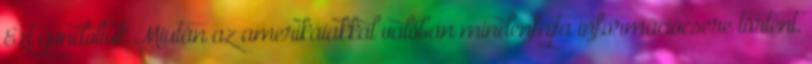
Ezt gondoltuk Miután az amerikaiakkal valóban mindenfajta információcsere történt,